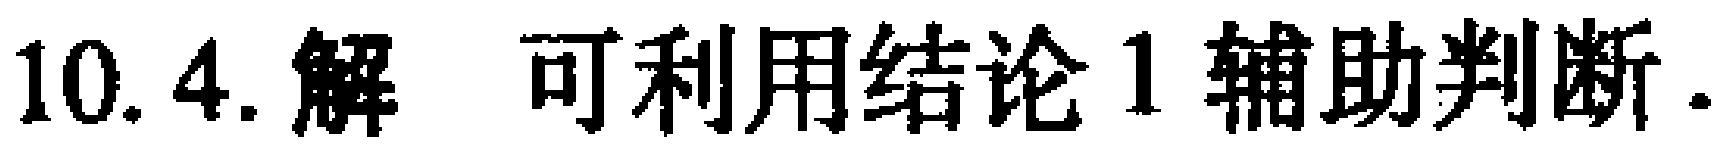
10.4. 解 可利用结论 1 辅助判断.